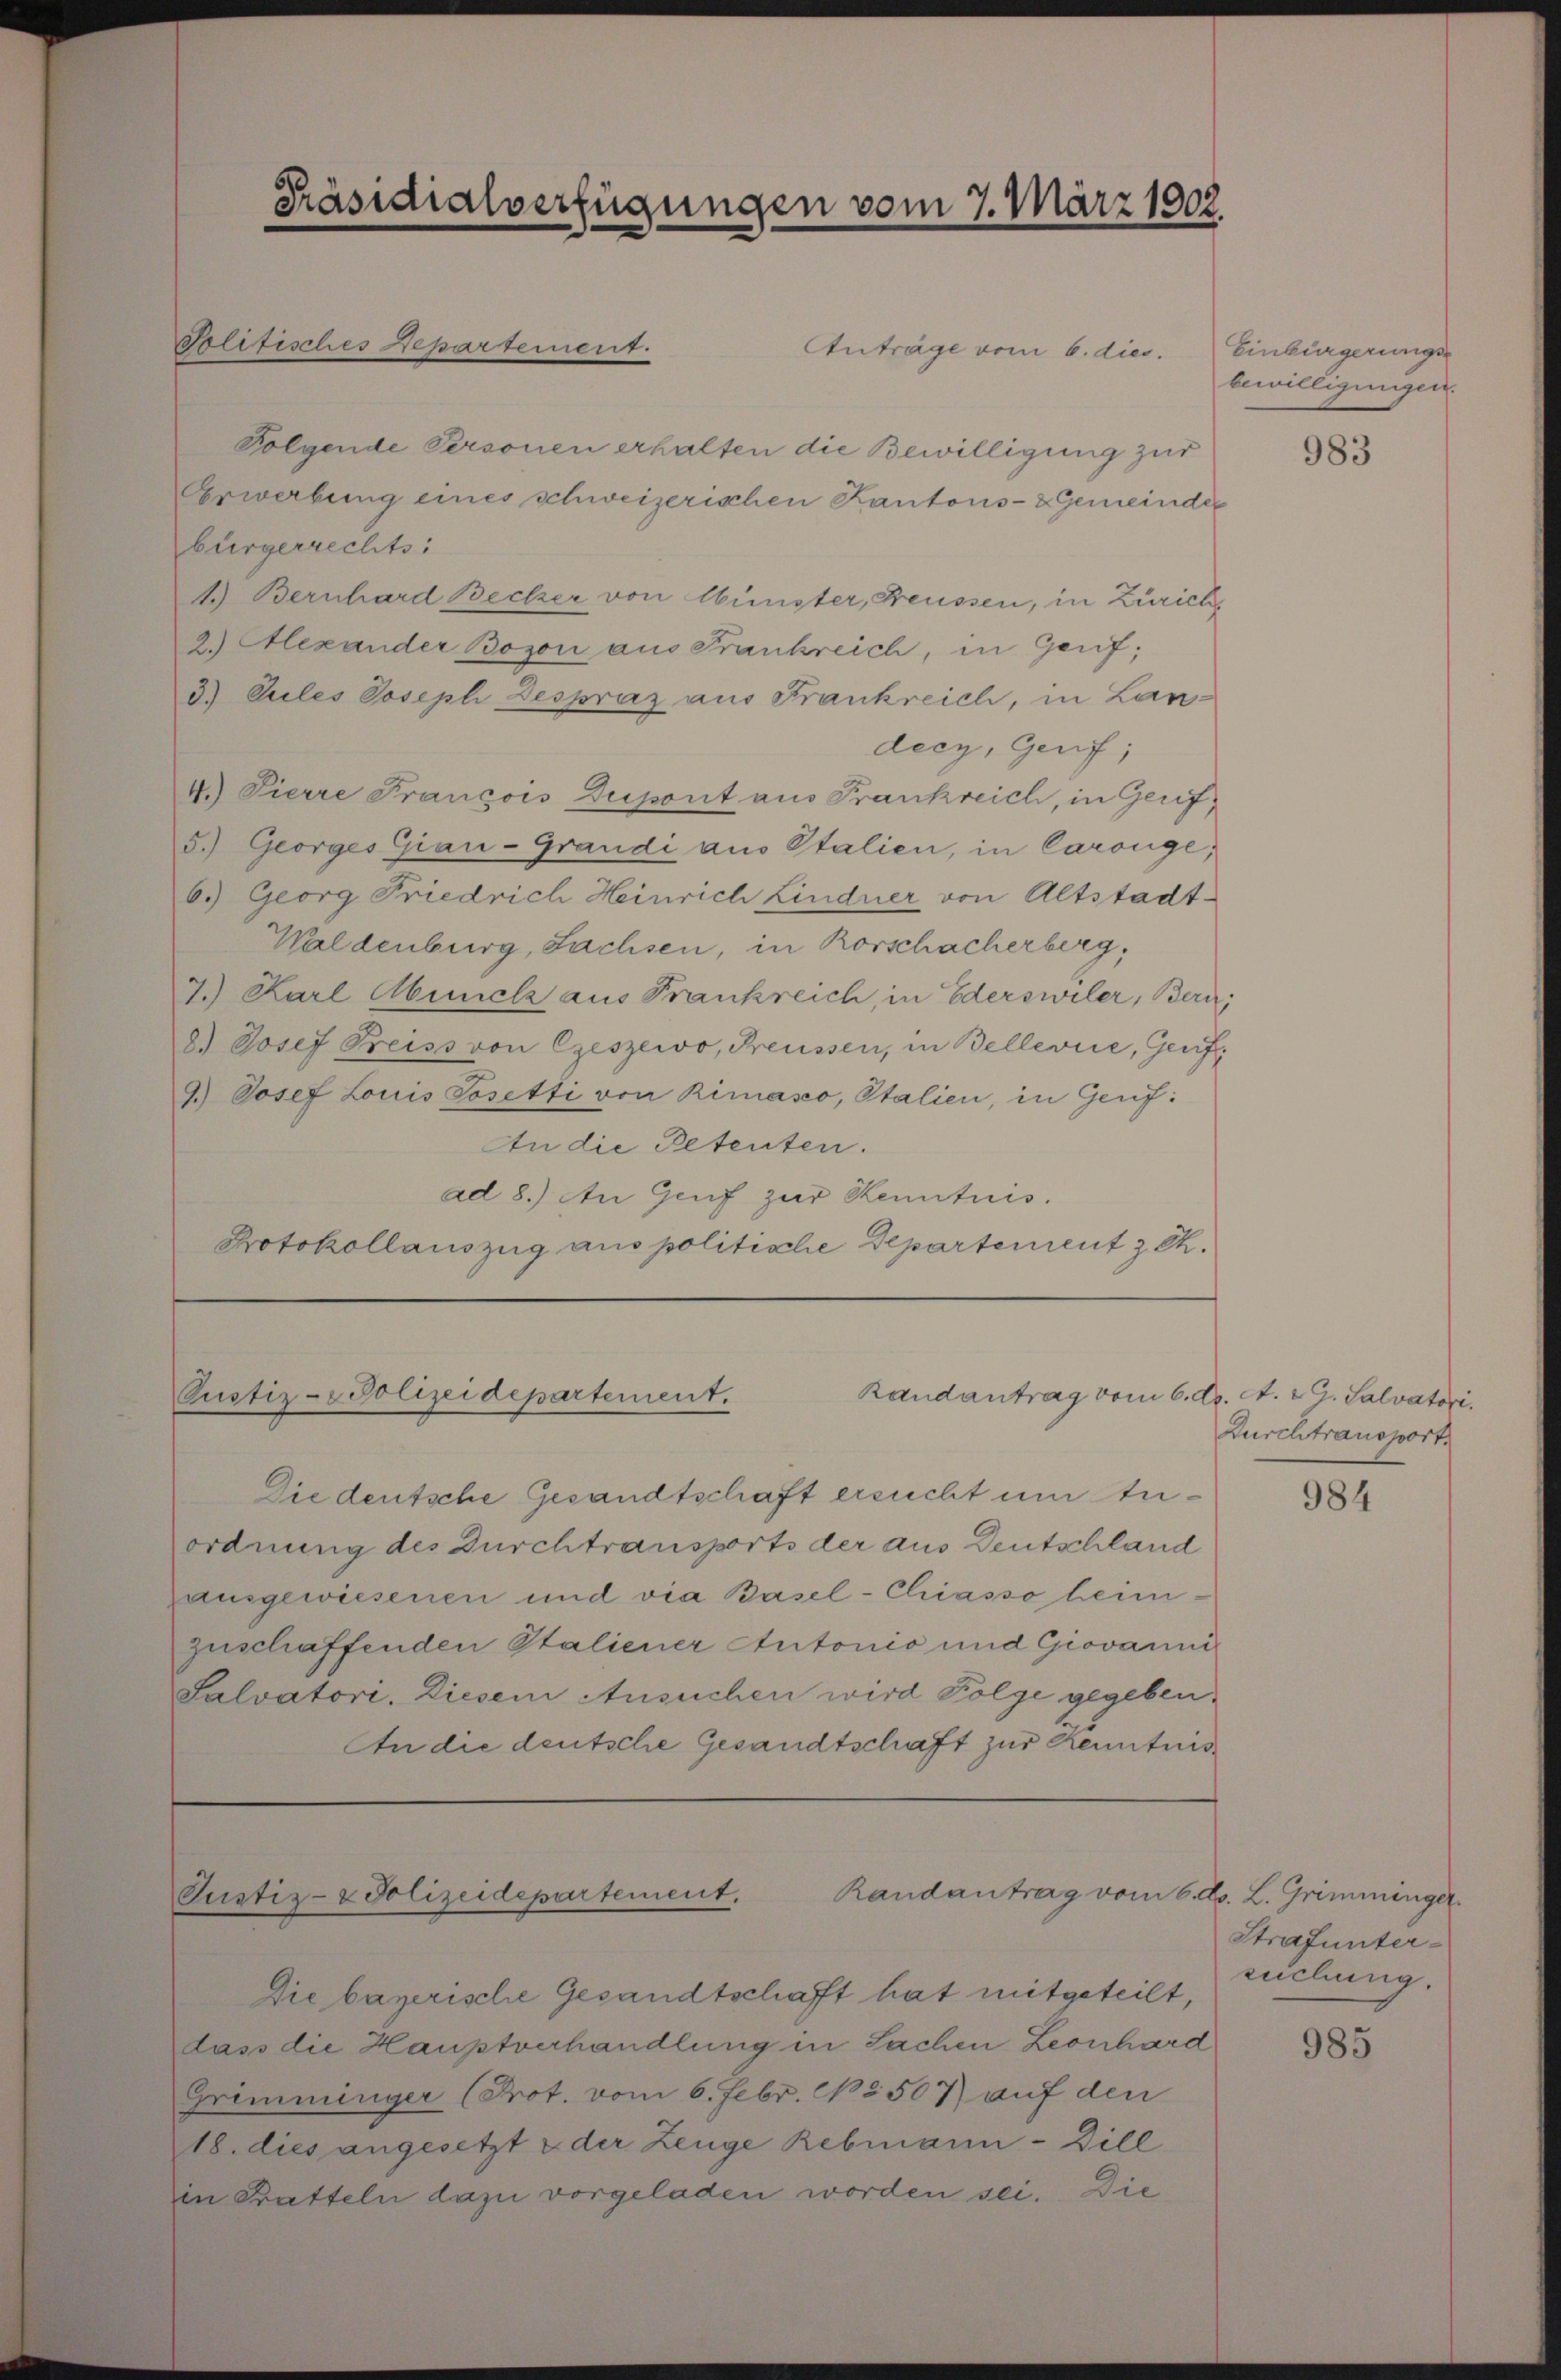
Präsidialverfügungen vom 7. März 1802

Randantrag vom 6. d. A. G. Salvatori
Pustiz-Polizeidepartement.

Die deutsche Gesandtschaft ersucht um Anordnung des Durchtransports der aus Deutschland
zangewiesenen und via Basel-Chiasso heimzuschaffenden Staliener Autonio und Giovanni
Salvatori. Diesem Ansuchen wird Folge gegeben,
An die deutsche Gesandtschaft zur Kenntnis

Justiz- & Polizeidepartement.

Plifisches Departement.
Anträge vom 6. dies.
Folgende Personen erhalten die Bewilligung zur
Erwerbung eines schweizerischen Kantons- & Gemeinder
bürgerrechts:
1.) Bernhard Becker von Münster, Freussen, in Zürich
2.) Alexander Bogon aus Frankreich, in Genf;
3.) Guiles Joseph Despraz aus Frankreich, in Landecz, Genf;
4.) Pierre Francois Dupont aus Frankreich, in Gerif¬
5.) Georges Gian-Grandi aus Stalien, in Carouge;
6.) Georg Friedrich Heinrich Lindner von Altstadt¬
Waldenburg, Sachsen, in Rorschacherberg,
7.) Karl Abruck aus Frankreich, in Ederswiler, Bern,
8.) Josef Preiss von Czeszewo, Freussen, in Bellevue, Genf
9.) Josef Louis Sosetti von Rinasco, Italien, in Genf.
An die Petenten.
ad 8.) An Genf zur Kenntnis.
Protokollauszug aus politische Departement z.

Die bayerische Gesandtschaft hat mitgeteilt,
dass die Hauptverhandlung in Sachen Leonhard
Grimminger (Prot. vom 6. Febr. No 507 auf den
18. dies angesetzt & der Zeuge Rebmann - Dill
in Kratteln dazu vorgeladen worden sei. Die

Randantrag vom 6. d. L. Grimminger.

Einbürgerungs-
bewilligungen.

983

Durchtransport

984

Strafunterzechung.

985